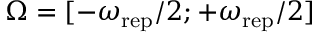
\Omega = [ - \omega _ { \mathrm { r e p } } / 2 ; + \omega _ { \mathrm { r e p } } / 2 ]